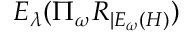
E _ { \lambda } ( \Pi _ { \omega } R _ { | E _ { \omega } ( H ) } )